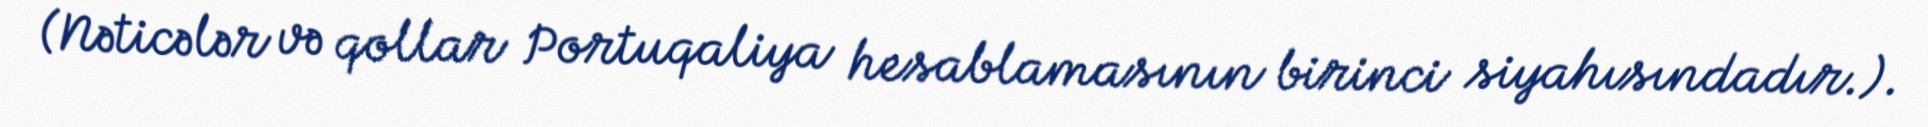
(Nəticələr və qollar Portuqaliya hesablamasının birinci siyahısındadır.).